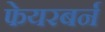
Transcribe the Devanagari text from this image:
फेयरबर्न